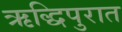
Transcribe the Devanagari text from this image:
ऋद्धिपुरात